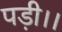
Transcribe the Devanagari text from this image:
पड़ी।।